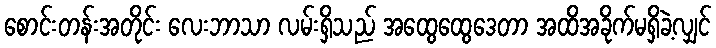
စောင်းတန်းအတိုင်း လေးဘာသာ လမ်းရှိသည် အထွေထွေဒေတာ အထိအခိုက်မရှိခဲ့လျှင်